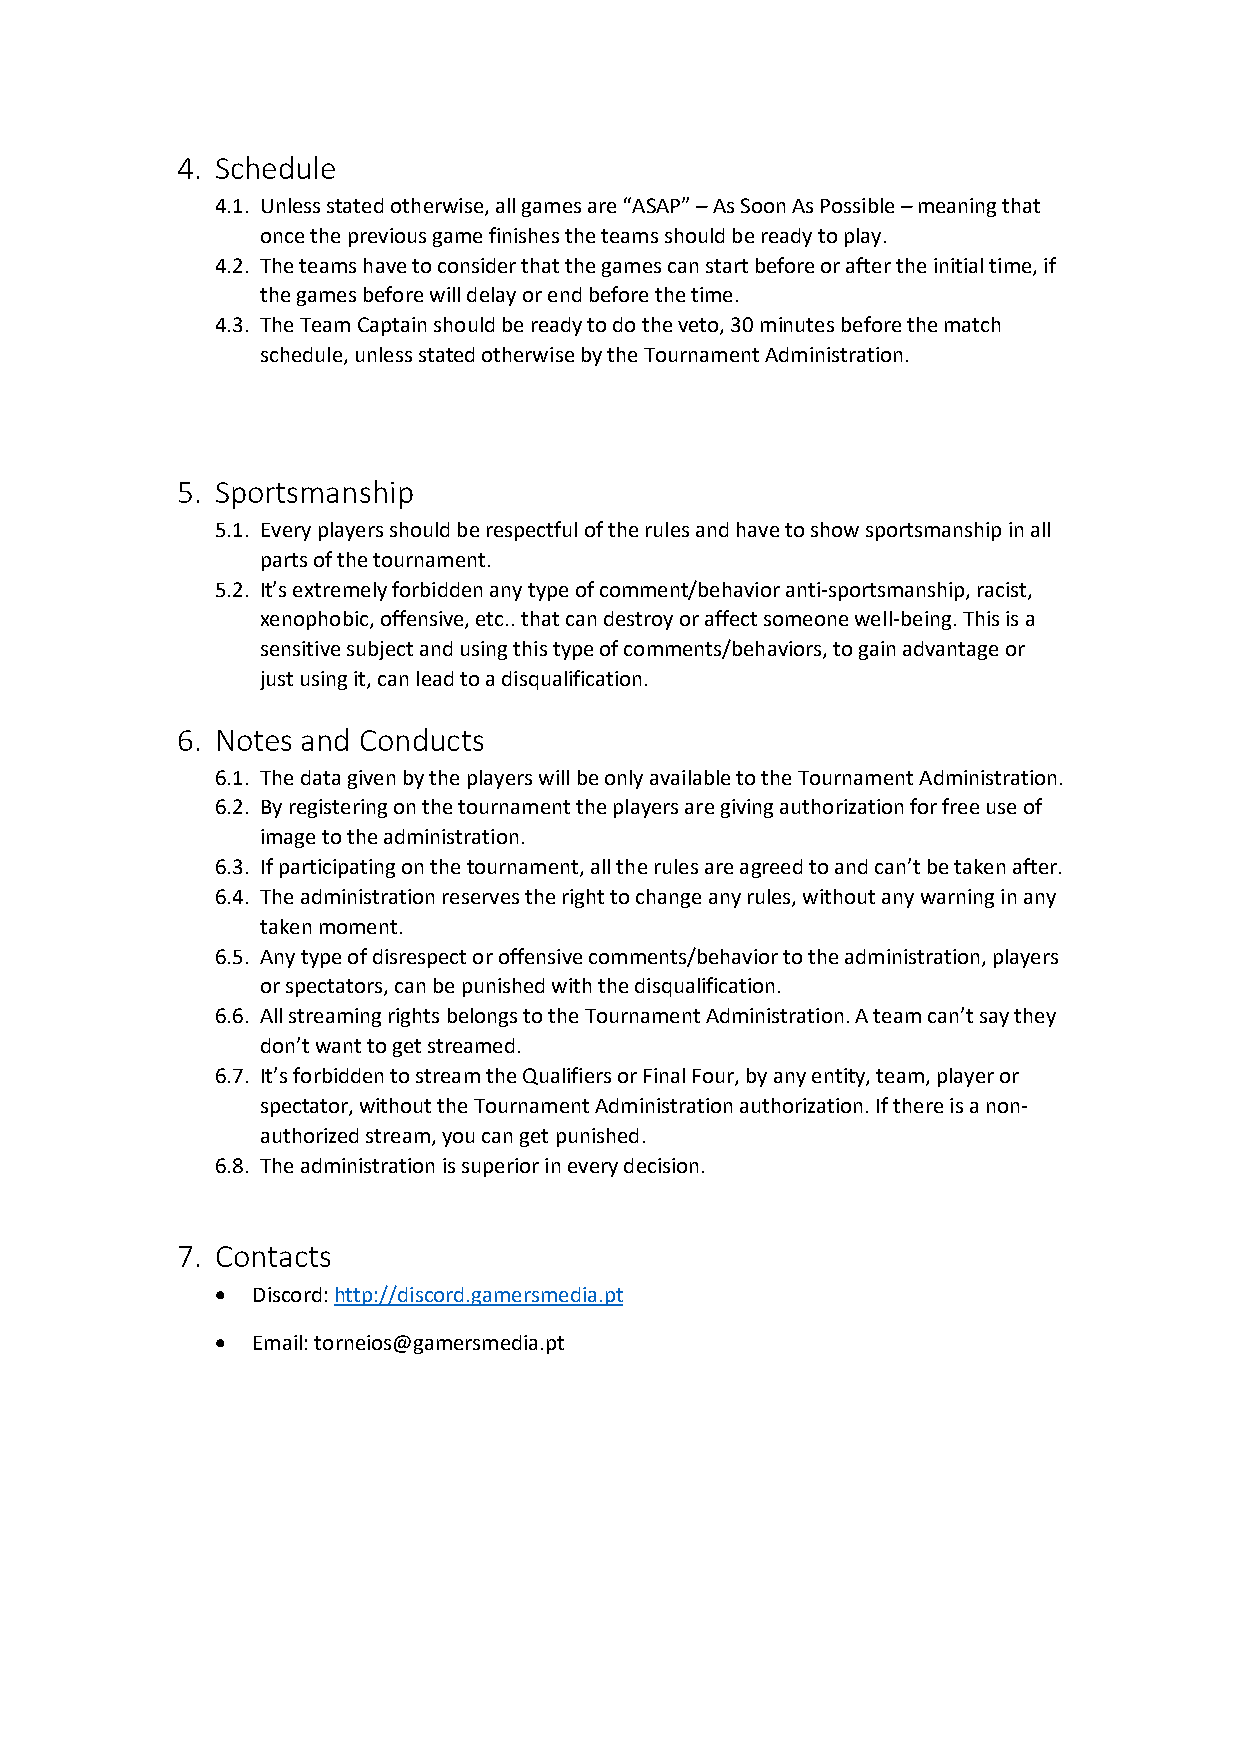
4. Schedule
 4.1. Unless stated otherwise, all games are “ASAP” – As Soon As Possible – meaning that
 once the previous game finishes the teams should be ready to play.
 4.2. The teams have to consider that the games can start before or after the initial time, if
 the games before will delay or end before the time.
 4.3. The Team Captain should be ready to do the veto, 30 minutes before the match
 schedule, unless stated otherwise by the Tournament Administration.
 5. Sportsmanship
 5.1. Every players should be respectful of the rules and have to show sportsmanship in all
 parts of the tournament.
 5.2. It’s extremely forbidden any type of comment/behavior anti-sportsmanship, racist,
 xenophobic, offensive, etc.. that can destroy or affect someone well-being. This is a
 sensitive subject and using this type of comments/behaviors, to gain advantage or
 just using it, can lead to a disqualification.
 6. Notes and Conducts
 6.1. The data given by the players will be only available to the Tournament Administration.
 6.2. By registering on the tournament the players are giving authorization for free use of
 image to the administration.
 6.3. If participating on the tournament, all the rules are agreed to and can’t be taken after.
 6.4. The administration reserves the right to change any rules, without any warning in any
 taken moment.
 6.5. Any type of disrespect or offensive comments/behavior to the administration, players
 or spectators, can be punished with the disqualification.
 6.6. All streaming rights belongs to the Tournament Administration. A team can’t say they
 don’t want to get streamed.
 6.7. It’s forbidden to stream the Qualifiers or Final Four, by any entity, team, player or
 spectator, without the Tournament Administration authorization. If there is a non-
 authorized stream, you can get punished.
 6.8. The administration is superior in every decision.
 7. Contacts
 •  Discord: http://discord.gamersmedia.pt
 •  Email: torneios@gamersmedia.pt